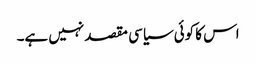
اس کا کوئی سیاسی مقصد نہیں ہے۔